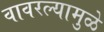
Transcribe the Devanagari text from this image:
वावरल्यामुळे